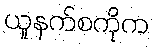
ယူနက်စကိုက